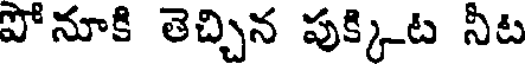
పోనూకి తెచ్చిన పుక్కిట నీట